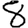
Digit: 8